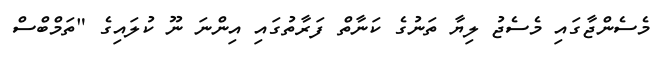
މެސެންޖާގައި މެސެޖު ލިޔާ ތަނުގެ ކަނާތް ފަރާތުގައި އިންނަ ނޫ ކުލައިގެ "ތަމްބްސް